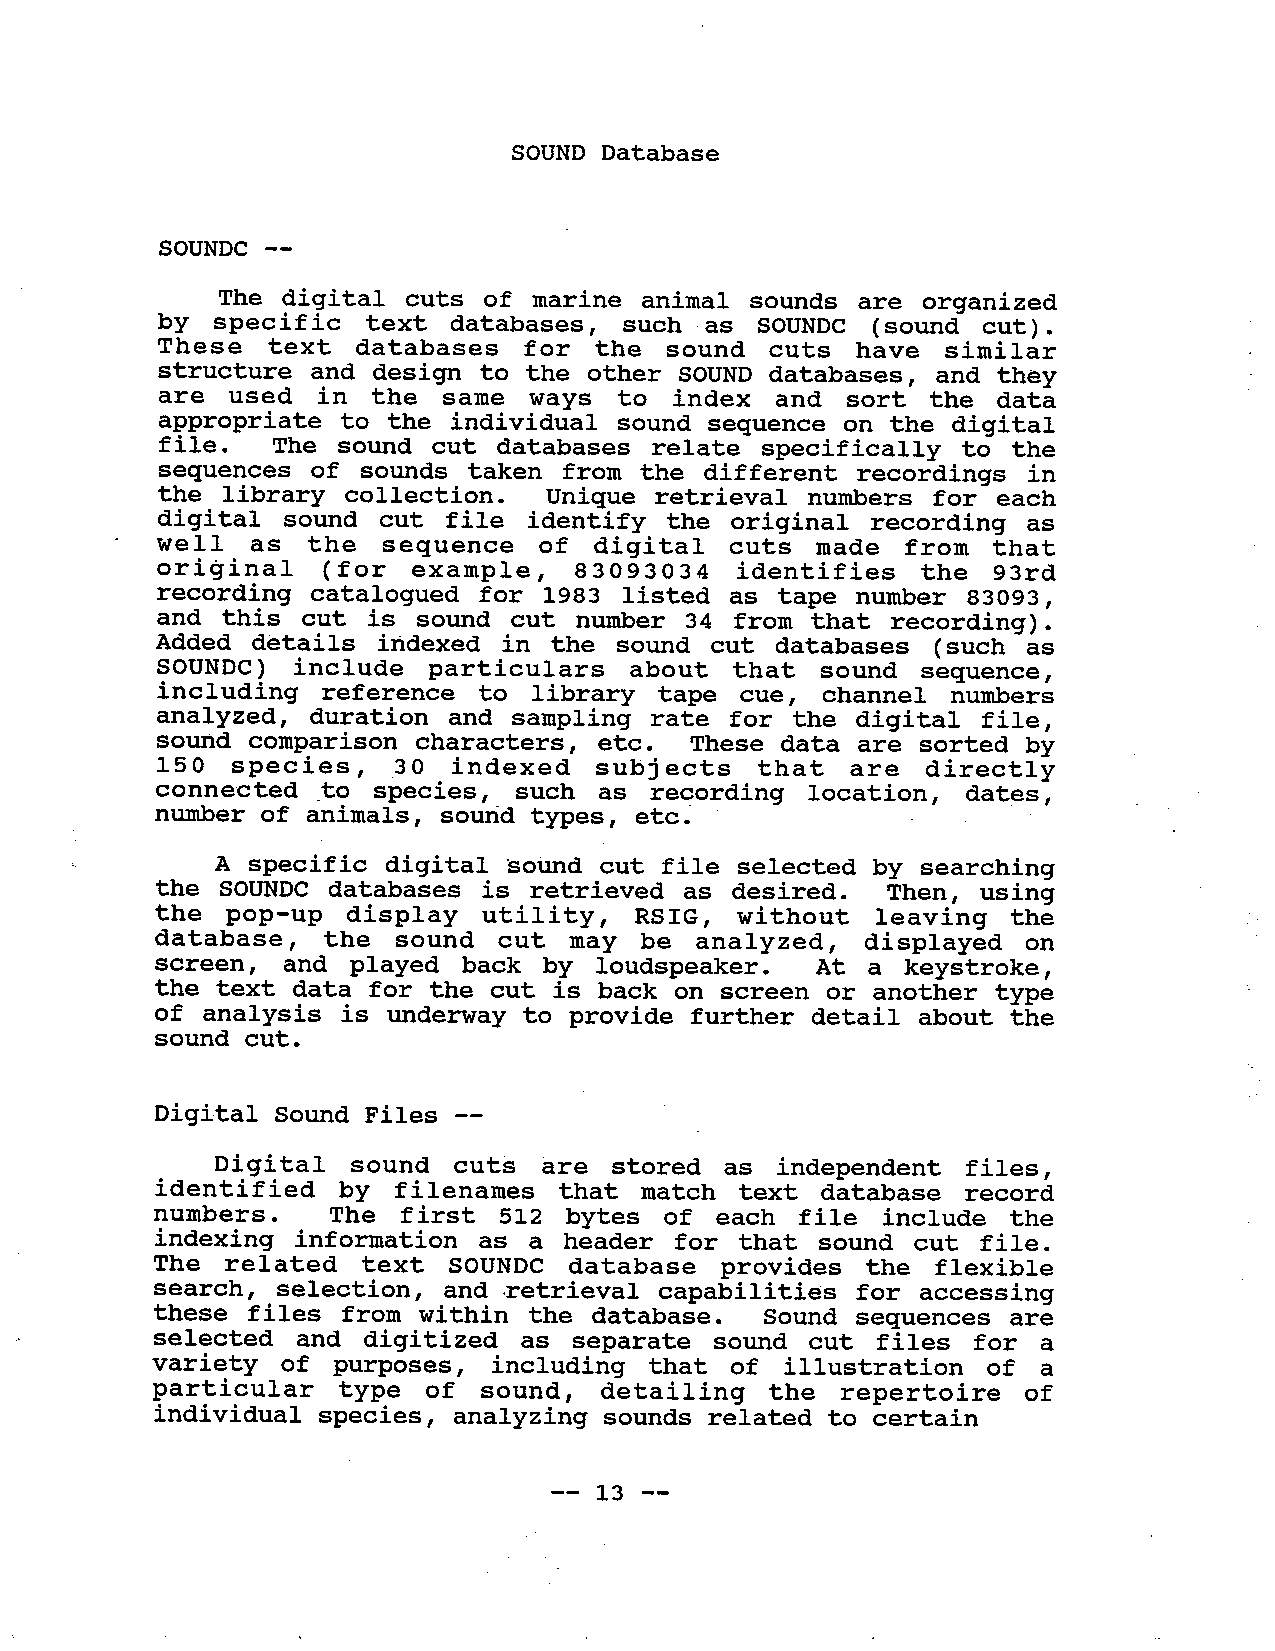
SOUND Database
 SOUNDC --
 The  digital cuts of marine animal sounds  are organized
 by  specific text  databases,  such as SOUNDC  (sound cut).
 These  text  databases   for the  sound  cuts have  similar
 structure  and design to the other SOUND databases, and they
 are used  in the  same  ways to  index  and sort  the data
 appropriate to the individual sound sequence on the digital
 file. The sound cut  databases relate  specifically  to the
 sequences of sounds taken from the different  recordings in
 the  library collection.  Unique retrieval numbers  for each
 digital  sound cut file identify  the original recording  as
 well  as  the sequence   of digital   cuts  made from  that
 original   (for  example,  83093034   identifies   the 93rd
 recording  catalogued for 1983 listed as tape number 83093,
 and  this cut is sound  cut numer 34 from  that recording).
 Added  details indexed in the  sound cut databases (such  as
 SOUNDC)  include  particulars  about  that sound  sequence,
 including  reference  to library tape  cue, channel numbers
 analyzed,  duration and sampling rate for the digital file,
 sound  comparison characters, etc. These data  are sorted by
 150   species,  30  indexed   subjects   that are  directly
 connected  _to species, such as  recording location, dates,
 numer    of   animals,     sound    types,     etc   ~  '
 A specific digital Sound  cut file selected by searching
 the  SOUNDC databases is retrieved  as desired. Then,  using
 the  pop-up  display  utility,  RSIG, without  leaving  the
 database,   the sound  cut may  be analyzed,  displayed  on
 screen,  and played  back  by loudspeaker.  At a keystroke,
 the text data for the cut  is back on screen or another type
 of analysis is underway to  provide further detail about the
 sound cut.
 Digital Sound Files --
 Digi  tal sound cuts  are stored as independent  files,
 identified  by filenames  that  match text  database record
 numbers.    The  first 512 bytes  of each  file include the
 indexing  information as a header  for that sound cut file.
 The  related text  SOUNDC  database  provides  the flexible
 search, selection, and .retrieval capabilities for accessing
 these files  from within the database.  Sound sequences  are
 selected  and digitized  as separate sound  cut files for  a
 variety  of purposes, including  that of  illustration of  a
 particular  type  of sound,  detailing   the repertoire  of
 individual species, analyzing sounds related to certain
 -- i 3 --